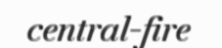
central-fire